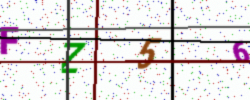
Text: FZ56